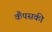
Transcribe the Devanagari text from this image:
कैंपसकी